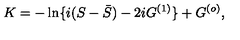
K = - \ln \{ i ( S - { \bar { S } } ) - 2 i G ^ { ( 1 ) } \} + G ^ { ( o ) } ,